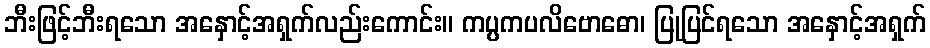
ဘီးဖြင့်ဘီးရသော အနှောင့်အရှက်လည်းကောင်း။ ကပ္ပကပလိဗောဓော၊ ပြုပြင်ရသော အနှောင့်အရှက်